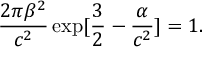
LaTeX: \frac { 2 \pi \beta ^ { 2 } } { c ^ { 2 } } \exp [ \frac { 3 } { 2 } - \frac { \alpha } { c ^ { 2 } } ] = 1 .